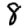
Digit: 8